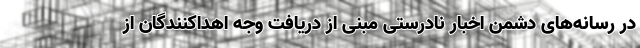
در رسانه‌های دشمن اخبار نادرستی مبنی از دریافت وجه اهداکنندگان از